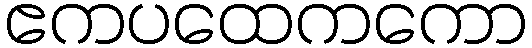
ဧကပထေကကော